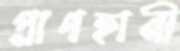
প্রাণহানী